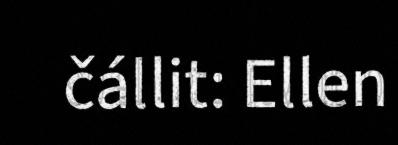
čállit: Ellen